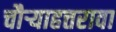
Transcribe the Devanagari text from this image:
चौर्‍याहत्तरावा